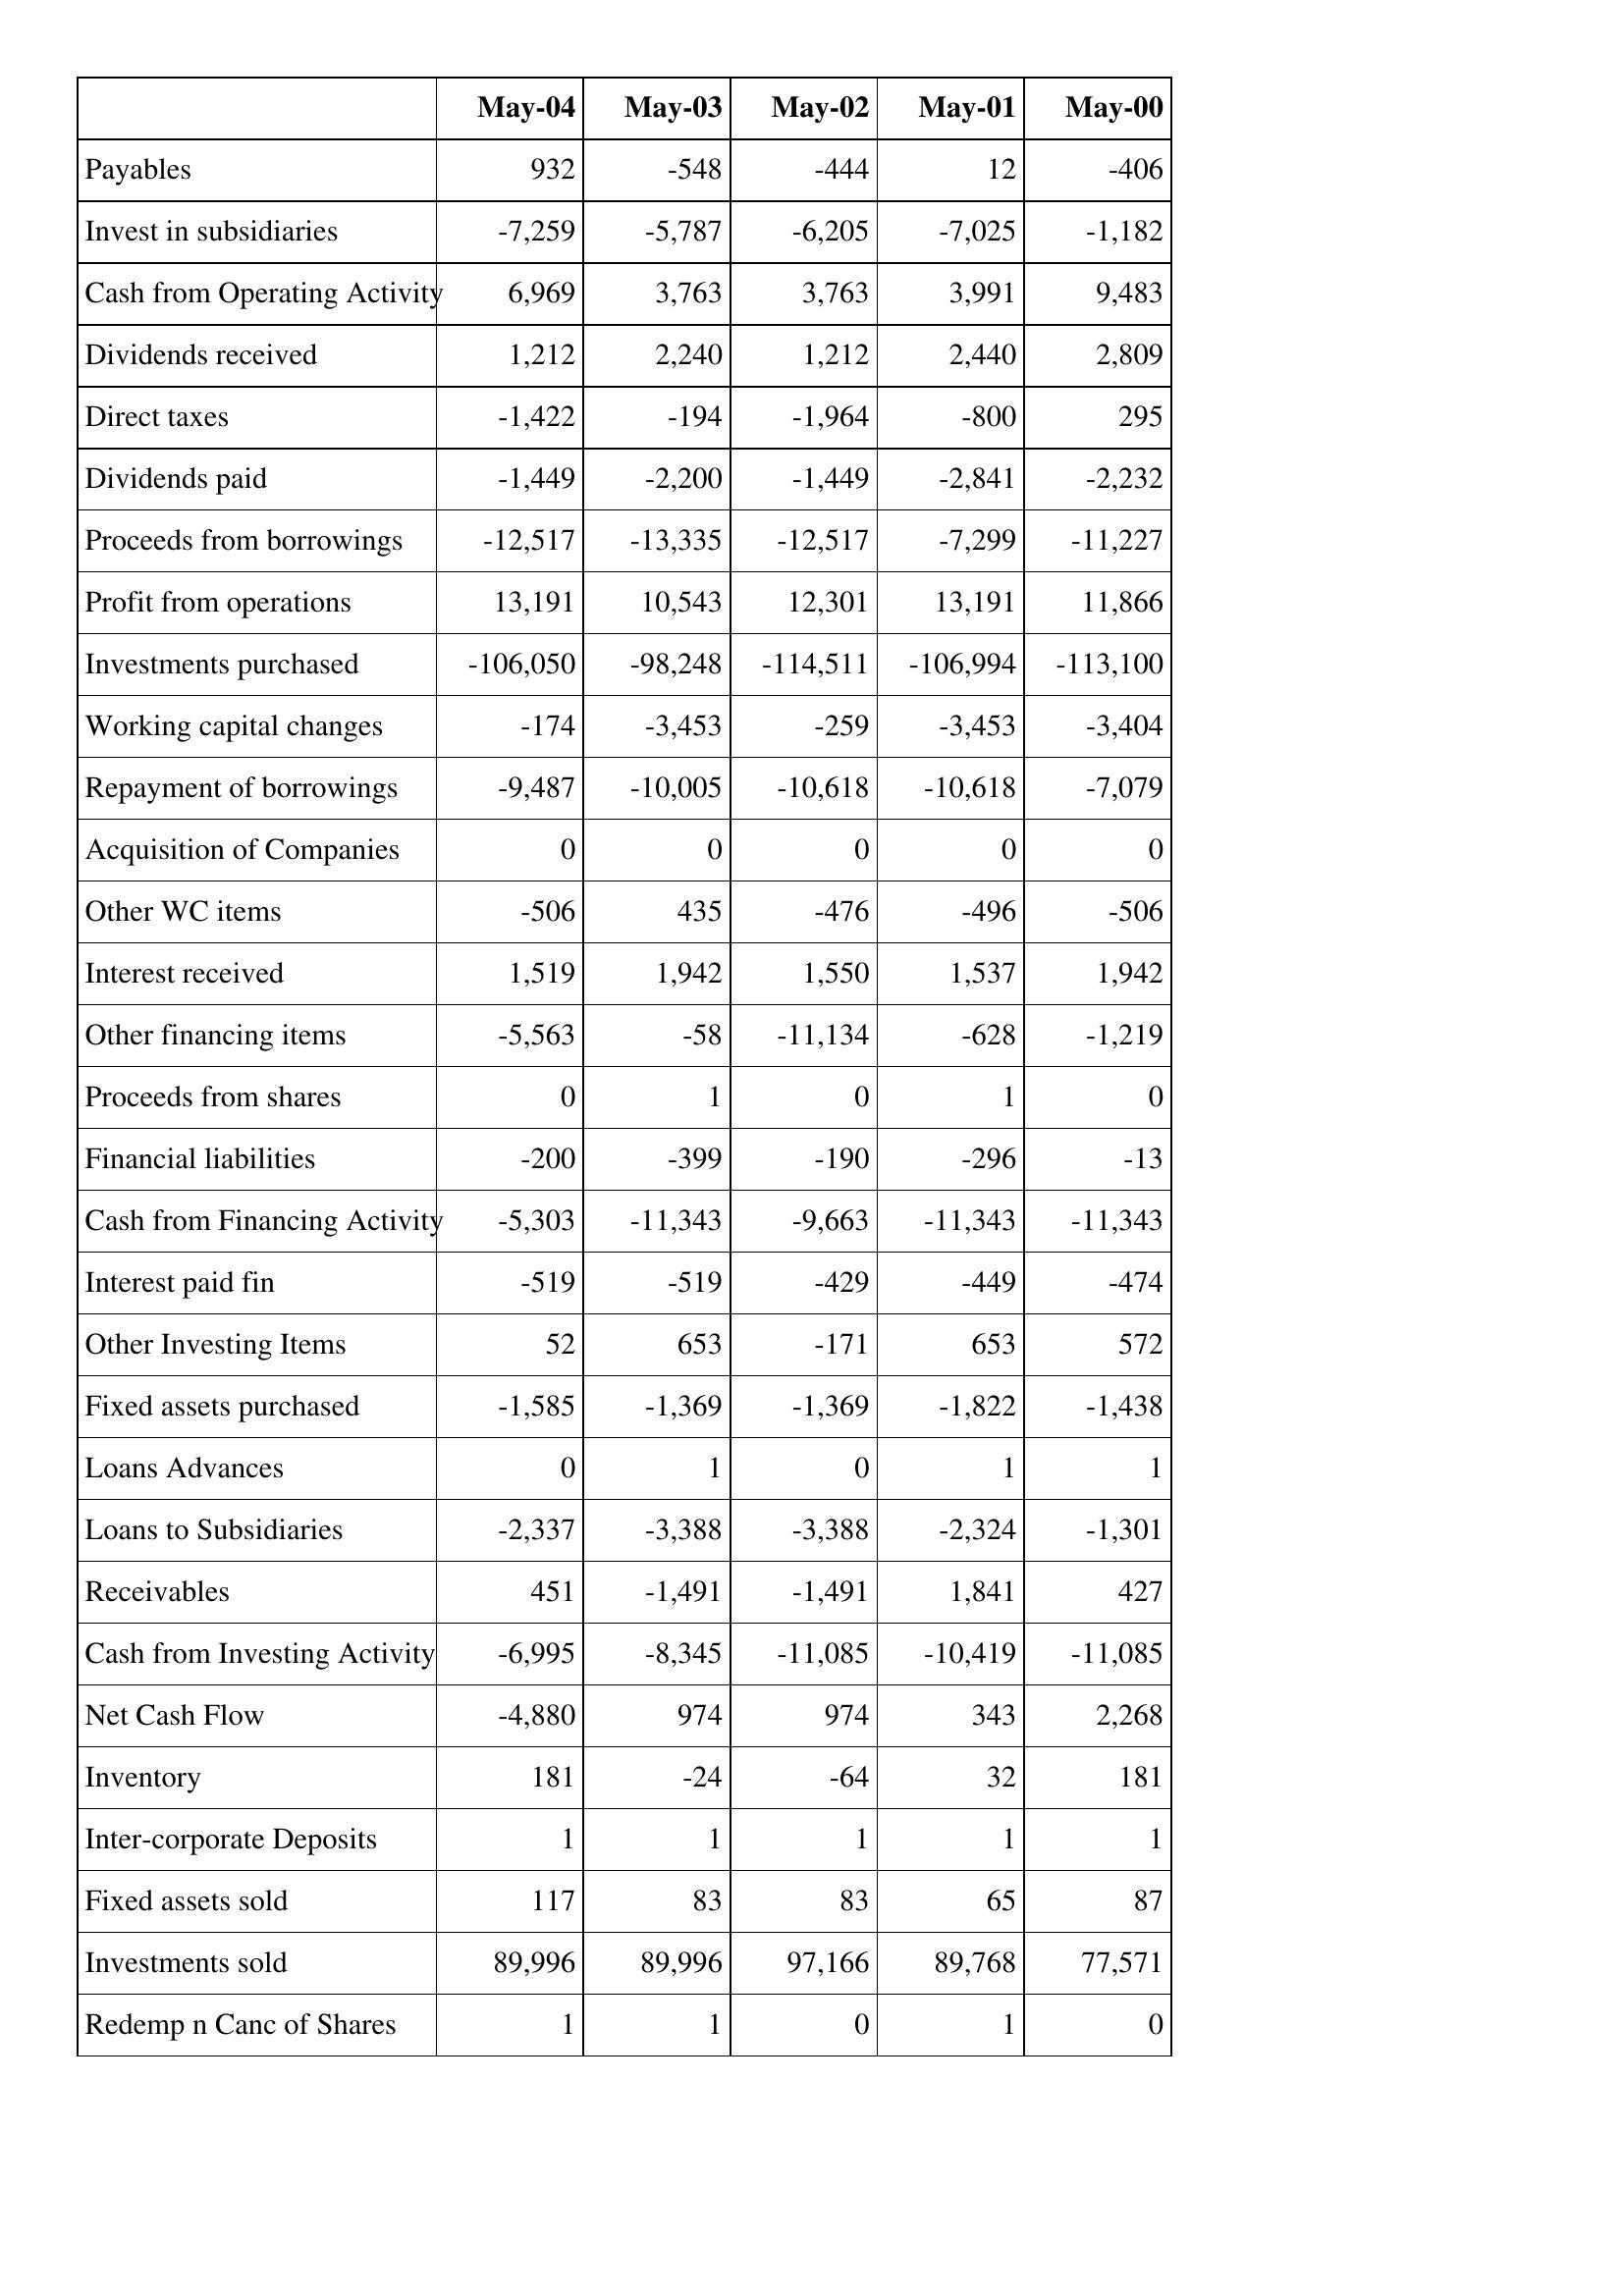
May-04: Cash Flows: Payables: 932
Invest in subsidiaries: -7,259
Cash from Operating Activity: 6,969
Dividends received: 1,212
Direct taxes: -1,422
Dividends paid: -1,449
Proceeds from borrowings: -12,517
Profit from operations: 13,191
Investments purchased: -106,050
Working capital changes: -174
Repayment of borrowings: -9,487
Acquisition of Companies: 0
Other WC items: -506
Interest received: 1,519
Other financing items: -5,563
Proceeds from shares: 0
Financial liabilities: -200
Cash from Financing Activity: -5,303
Interest paid fin: -519
Other Investing Items: 52
Fixed assets purchased: -1,585
Loans Advances: 0
Loans to Subsidiaries: -2,337
Receivables: 451
Cash from Investing Activity: -6,995
Net Cash Flow: -4,880
Inventory: 181
Inter-corporate Deposits: 1
Fixed assets sold: 117
Investments sold: 89,996
Redemp n Canc of Shares: 1
May-03: Cash Flows: Payables: -548
Invest in subsidiaries: -5,787
Cash from Operating Activity: 3,763
Dividends received: 2,240
Direct taxes: -194
Dividends paid: -2,200
Proceeds from borrowings: -13,335
Profit from operations: 10,543
Investments purchased: -98,248
Working capital changes: -3,453
Repayment of borrowings: -10,005
Acquisition of Companies: 0
Other WC items: 435
Interest received: 1,942
Other financing items: -58
Proceeds from shares: 1
Financial liabilities: -399
Cash from Financing Activity: -11,343
Interest paid fin: -519
Other Investing Items: 653
Fixed assets purchased: -1,369
Loans Advances: 1
Loans to Subsidiaries: -3,388
Receivables: -1,491
Cash from Investing Activity: -8,345
Net Cash Flow: 974
Inventory: -24
Inter-corporate Deposits: 1
Fixed assets sold: 83
Investments sold: 89,996
Redemp n Canc of Shares: 1
May-02: Cash Flows: Payables: -444
Invest in subsidiaries: -6,205
Cash from Operating Activity: 3,763
Dividends received: 1,212
Direct taxes: -1,964
Dividends paid: -1,449
Proceeds from borrowings: -12,517
Profit from operations: 12,301
Investments purchased: -114,511
Working capital changes: -259
Repayment of borrowings: -10,618
Acquisition of Companies: 0
Other WC items: -476
Interest received: 1,550
Other financing items: -11,134
Proceeds from shares: 0
Financial liabilities: -190
Cash from Financing Activity: -9,663
Interest paid fin: -429
Other Investing Items: -171
Fixed assets purchased: -1,369
Loans Advances: 0
Loans to Subsidiaries: -3,388
Receivables: -1,491
Cash from Investing Activity: -11,085
Net Cash Flow: 974
Inventory: -64
Inter-corporate Deposits: 1
Fixed assets sold: 83
Investments sold: 97,166
Redemp n Canc of Shares: 0
May-01: Cash Flows: Payables: 12
Invest in subsidiaries: -7,025
Cash from Operating Activity: 3,991
Dividends received: 2,440
Direct taxes: -800
Dividends paid: -2,841
Proceeds from borrowings: -7,299
Profit from operations: 13,191
Investments purchased: -106,994
Working capital changes: -3,453
Repayment of borrowings: -10,618
Acquisition of Companies: 0
Other WC items: -496
Interest received: 1,537
Other financing items: -628
Proceeds from shares: 1
Financial liabilities: -296
Cash from Financing Activity: -11,343
Interest paid fin: -449
Other Investing Items: 653
Fixed assets purchased: -1,822
Loans Advances: 1
Loans to Subsidiaries: -2,324
Receivables: 1,841
Cash from Investing Activity: -10,419
Net Cash Flow: 343
Inventory: 32
Inter-corporate Deposits: 1
Fixed assets sold: 65
Investments sold: 89,768
Redemp n Canc of Shares: 1
May-00: Cash Flows: Payables: -406
Invest in subsidiaries: -1,182
Cash from Operating Activity: 9,483
Dividends received: 2,809
Direct taxes: 295
Dividends paid: -2,232
Proceeds from borrowings: -11,227
Profit from operations: 11,866
Investments purchased: -113,100
Working capital changes: -3,404
Repayment of borrowings: -7,079
Acquisition of Companies: 0
Other WC items: -506
Interest received: 1,942
Other financing items: -1,219
Proceeds from shares: 0
Financial liabilities: -13
Cash from Financing Activity: -11,343
Interest paid fin: -474
Other Investing Items: 572
Fixed assets purchased: -1,438
Loans Advances: 1
Loans to Subsidiaries: -1,301
Receivables: 427
Cash from Investing Activity: -11,085
Net Cash Flow: 2,268
Inventory: 181
Inter-corporate Deposits: 1
Fixed assets sold: 87
Investments sold: 77,571
Redemp n Canc of Shares: 0